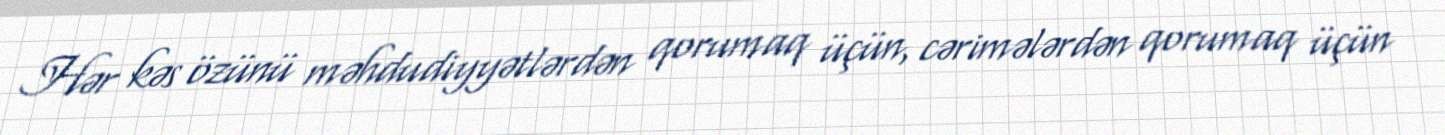
Hər kəs özünü məhdudiyyətlərdən qorumaq üçün, cərimələrdən qorumaq üçün